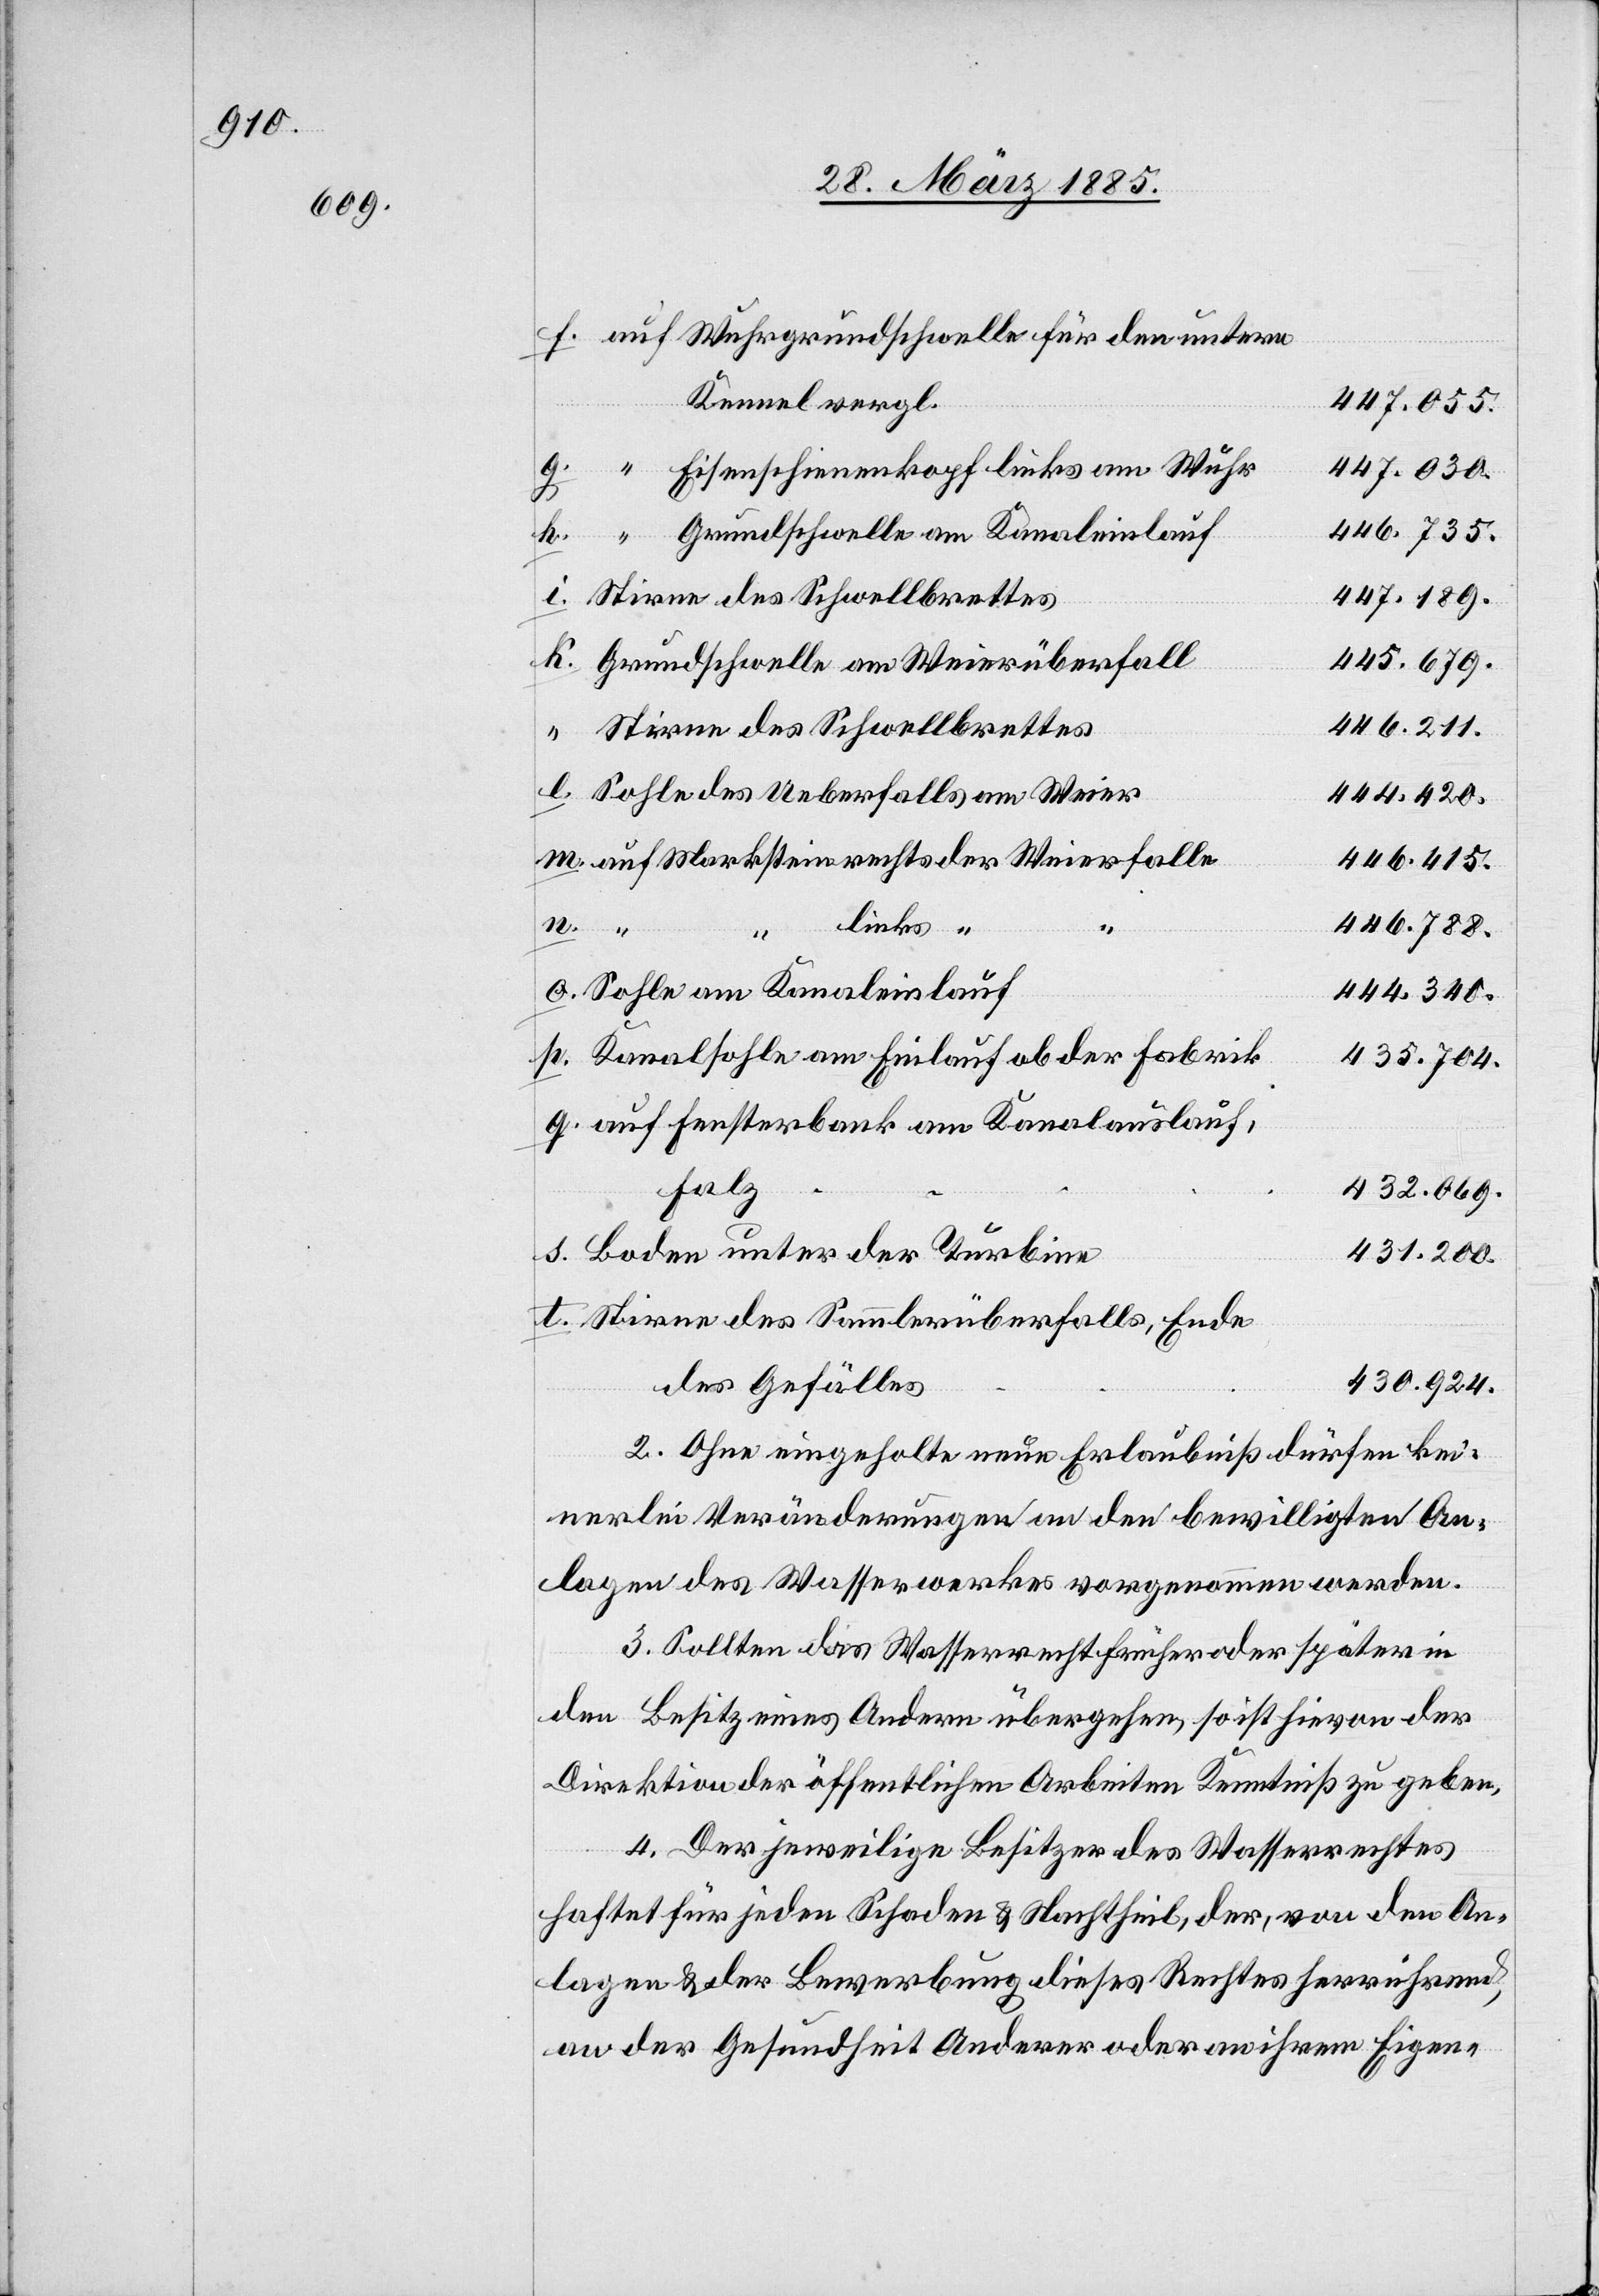
auf Wuhrgrundschwelle für den untern
Kennel vergl.
447.055.
Eisenschienenkopf links am Wuhr
447.030.
s.
446.735.
Grundschwelle am Kanaleinlauf
447.189.
Grundschwelle am Weierüberfall
445.679.
446.211.
Stirne des Schwellbrettes
Sohle des Ueberfalls am Weier
444.420.
auf Markstein rechts der Weierfalle
446.415.
links “
446.788.
t.
“
Sohle am Kanaleinlauf
444.340.
Kanalsohle am Einlauf ob der Fabrik
435.704.
auf Fensterbank am Kanalauslauf,
n.
Falz
432.069.
Boden unter der Turbine
431.200.
Stirne des Sammlerüberfalls, Ende
430.924.
des Gefälles
2. Ohne eingeholte neue Erlaubniß dürfen kei¬
nerlei Veränderungen an den bewilligten An¬
lagen des Wasserwerkes vorgenommen werden.
3. Sollten [sic!] das Wasserecht früher oder später in
den Besitz eines Andern übergehen, so ist hievon der
Direktion der öffentlichen Arbeiten Kenntniß zu geben.
4. Der jeweilige Besitzer des Wasserrechtes
haftet für jeden Schaden & Nachtheil, der, von den An¬
lagen & der Bewerbung dieses Rechtes herrührend,
an der Gesundheit Anderer oder an ihrem Eigen-